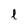
Character: l